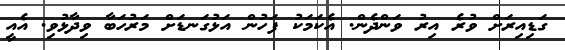
ގަޑިއިރަށް ވުރެ އިރު ވަންދެން. އެކަމަކު ފަހުން އަޅުގަނޑަށް މަރުހަބާ ވިދާޅުވި. އެއީ